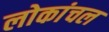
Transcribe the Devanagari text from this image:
लोकांचल